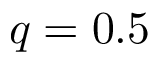
q = 0 . 5